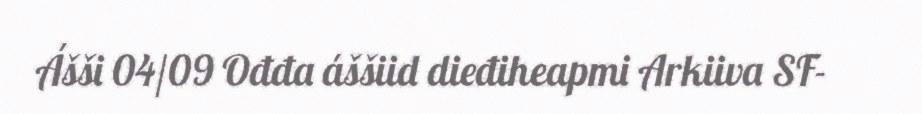
Ášši 04/09 Ođđa áššiid dieđiheapmi Arkiiva SF-